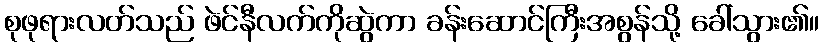
စုဖုရားလတ်သည် ဖဲင်နီလက်ကိုဆွဲကာ ခန်းဆောင်ကြီးအစွန်သို့ ခေါ်သွား၏။